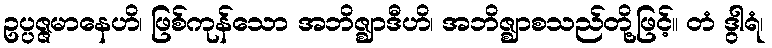
ဥပ္ပဇ္ဇမာနေဟိ၊ ဖြစ်ကုန်သော အဘိဇ္ဈာဒီဟိ၊ အဘိဇ္ဈာစသည်တို့ဖြင့်။ တံ ဒွါရံ၊